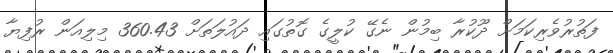
ފަތުރުވެރިކަމަށް ދޫކުރާ ބިމުން ނެގޭ ކުލީގެ ގޮތުގައި ދައުލަތަށް 360.43 މިލިއަން ރުފިޔާ